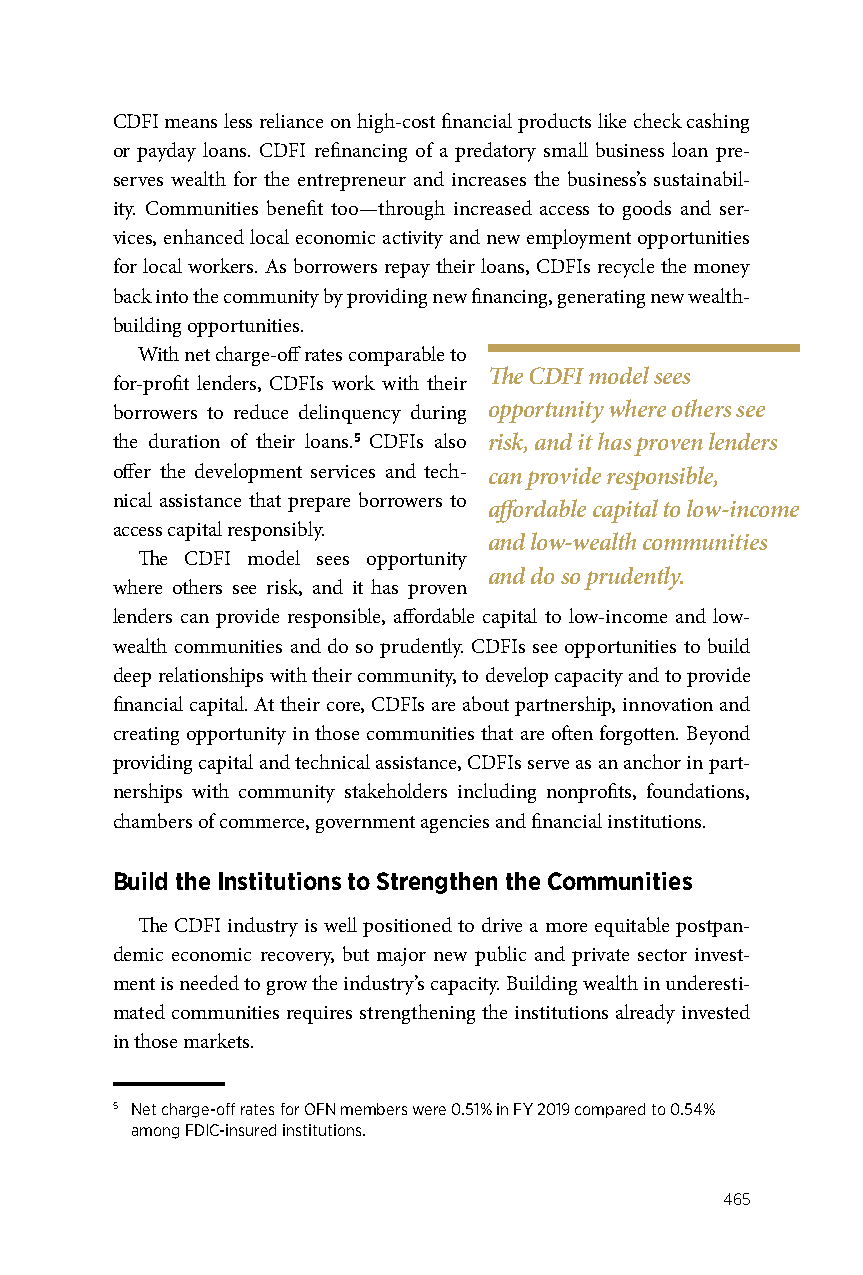
CDFI means less reliance on high-cost financial products like check cashing
 or payday loans. CDFI refinancing of a predatory small business loan pre-
 serves wealth for the entrepreneur and increases the business’s sustainabil-
 ity. Communities benefit too—through increased access to goods and ser-
 vices, enhanced local economic activity and new employment opportunities
 for local workers. As borrowers repay their loans, CDFIs recycle the money
 back into the community by providing new financing, generating new wealth-
 building opportunities.
 With net charge-off rates comparable to
 The CDFI model sees
 for-profit lenders, CDFIs work with their
 borrowers to reduce delinquency during opportunity where others see
 the duration of their loans.5 CDFIs also risk, and it has proven lenders
 offer the development services and tech- can provide responsible,
 nical assistance that prepare borrowers to
 affordable capital to low-income
 access capital responsibly.
 and low-wealth communities
 The CDFI model sees opportunity
 and do so prudently.
 where others see risk, and it has proven
 lenders can provide responsible, affordable capital to low-income and low-
 wealth communities and do so prudently. CDFIs see opportunities to build
 deep relationships with their community, to develop capacity and to provide
 financial capital. At their core, CDFIs are about partnership, innovation and
 creating opportunity in those communities that are often forgotten. Beyond
 providing capital and technical assistance, CDFIs serve as an anchor in part-
 nerships with community stakeholders including nonprofits, foundations,
 chambers of commerce, government agencies and financial institutions.
 Build the Institutions to Strengthen the Communities
 The CDFI industry is well positioned to drive a more equitable postpan-
 demic economic recovery, but major new public and private sector invest-
 ment is needed to grow the industry’s capacity. Building wealth in underesti-
 mated communities requires strengthening the institutions already invested
 in those markets.
 5 Net charge-off rates for OFN members were 0.51% in FY 2019 compared to 0.54%
 among FDIC-insured institutions.
 465